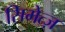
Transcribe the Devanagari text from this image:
सिमेत्ज़